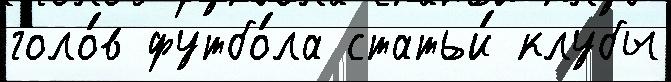
голо́в футбо́ла статьи́ клубы